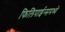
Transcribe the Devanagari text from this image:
फिलिपाईन्समध्ये